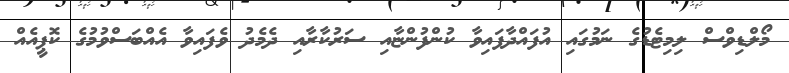
މޯލްޑިވްސް ލިމިޓެޑުގެ ނަމުގައި އުފައްދާފައިވާ ކުންފުންޏާއި ސަރުކާރާއި ދެމެދު ވެފައިވާ އެއްބަސްވުމުގެ ކޮޕީއެއް